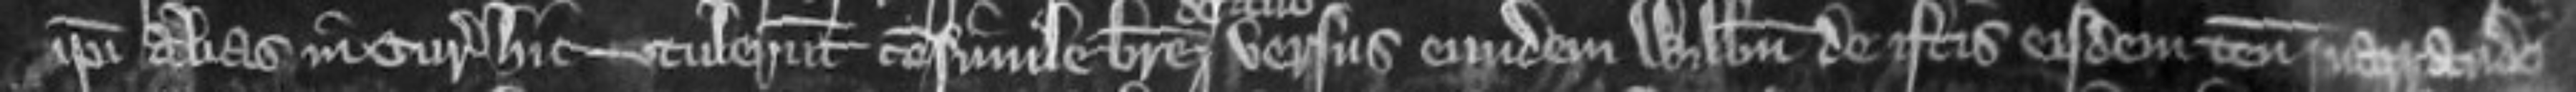
ipsi alias in curia hic -- tulerunt consimile breve versus eundem Willelmum de istis eisdem tenementis narrando